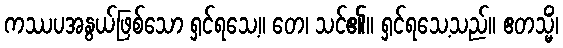
ကဿပအနွယ်ဖြစ်သော ရှင်ရသေ့။ တေ၊ သင်၏။ ရှင်ရသေ့သည်။ ဧတသ္မိံ၊